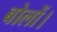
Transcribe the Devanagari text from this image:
बोलों।